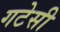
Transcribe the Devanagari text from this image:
गटेसी